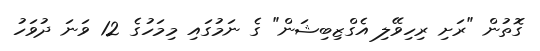
ގޮތުން "ރަށި ރިހިވޭލި އެގްޒިބިޝަން" ގެ ނަމުގައި މިމަހުގެ 12 ވަނަ ދުވަހު